Annual statistical returns and brief notes on vaccination in Bengal - 1909-1929
Year: 1909
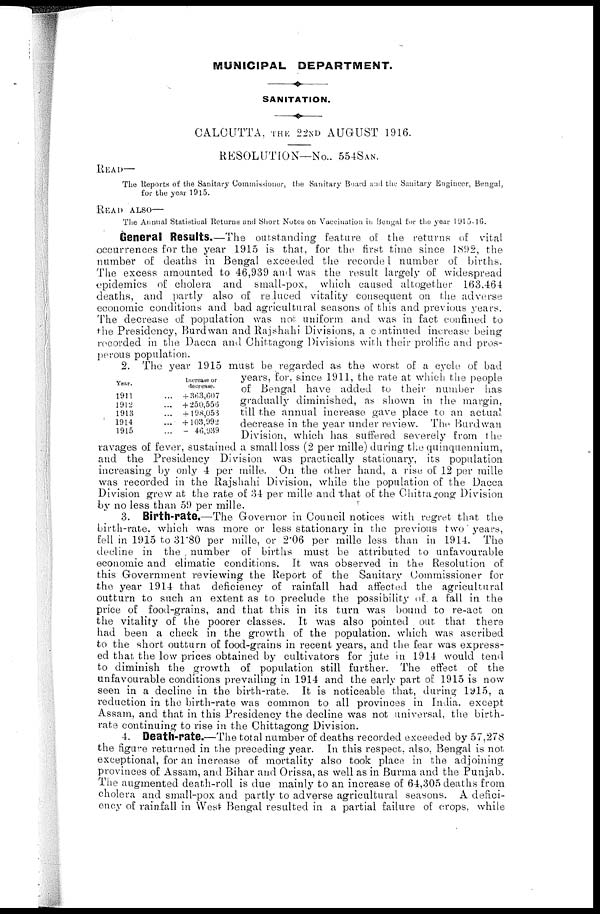
MUNICIPAL DEPARTMENT.
SANITATION.
CALCUTTA, THE 22ND AUGUST 1916.
RESOLUTION—No.. 554SAN.
READ—
The Reports of the Sanitary Commissioner, the Sanitary Board and the Sanitary Engineer, Bengal,
for the year 1915.
READ ALSO—
The Annual Statistical Returns and Short Notes on Vaccination in Bengal for the year 1915-16.
General Results.—The outstanding feature of the returns of vital
occurrences for the year 1915 is that, for the first time since 1892, the
number of deaths in Bengal exceeded the recorded number of births.
The excess amounted to 46,939 and was the result largely of widespread
epidemics of cholera and small-pox, which caused altogether 163,464
deaths, and partly also of reduced vitality consequent on the adverse
economic conditions and bad agricultural seasons of this and previous years.
The decrease of population was not uniform and was in fact confined to
the Presidency, Burdwan and Rajshahi Divisions, a continued increase being
recorded in the Dacca and Chittagong Divisions with their prolific and pros-
perous population.
Year.
1911...
1912
1913
1914
1915
Increase or
decrease.
+ 363,607
+ 250,556
+ 198,053
+ 103,992
- 46,939
2. The year 1915 must be regarded as the worst of a cycle of bad
years, for, since 1911, the rate at which the people
of Bengal have added to their number has
gradually diminished, as shown in the margin,
till the annual increase gave place to an actual,
decrease in the year under review. The Burdwan
Division, which has suffered severely from the
ravages of fever, sustained a small loss (2 per mille) during the quinquennium,
and the Presidency Division was practically stationary, its population
increasing by only 4 per mille. On the other hand, a rise of 12 per mille
was recorded in the Rajshahi Division, while the population of the Dacca
Division grew at the rate of 34 per mille and that of the Chitragong Division
by no less than 59 per mille.
3. Birth-rate.—The Governor in Council notices with regret that the
birth-rate, which was more or less stationary in the previous two years,
fell in 1915 to 31.80 per mille, or 2.06 per mille less than in 1914. The
decline in the , number of births must be attributed to unfavourable
economic and climatic conditions. It was observed in the Resolution of
this Government reviewing the Report of the Sanitary Commissioner for
the year 1914 that deficiency of rainfall had affected the agricultural
outturn to such an extent as to preclude the possibility of. a fall in the
price of food-grains, and that this in its turn was bound to re-act on
the vitality of the poorer classes. It was also pointed out that there
had been a check in the growth of the population, which was ascribed
to the short outturn of food-grains in recent years, and the fear was express-
ed that the low prices obtained by cultivators for jute in 1914 would tend
to diminish the growth of population still further. The effect of the
unfavourable conditions prevailing in 1914 and the early part of 1915 is now
seen in a decline in the birth-rate. It is noticeable that, during 1915, a
reduction in the birth-rate was common to all provinces in India, except
Assam, and that in this Presidency the decline was not universal, the birth-
rate continuing to rise in the Chittagong Division.
4. Death-rate.—The total number of deaths recorded exceeded by 57,278
the figure returned in the preceding year. In this respect, also, Bengal is not
exceptional, for an increase of mortality also took place in the adjoining
provinces of Assam, and Bihar and Orissa, as well as in Burma and the Punjab.
The augmented death-roll is due mainly to an increase of 64,305 deaths from
cholera and small-pox and partly to adverse agricultural seasons. A defici-
ency of rainfall in West Bengal resulted in a partial failure of crops, while